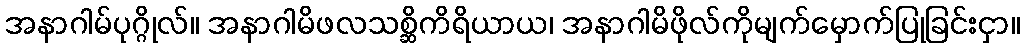
အနာဂါမ်ပုဂ္ဂိုလ်။ အနာဂါမိဖလသစ္ဆိကိရိယာယ၊ အနာဂါမိဖိုလ်ကိုမျက်မှောက်ပြုခြင်းငှာ။